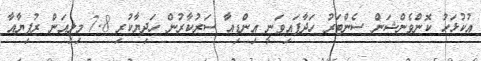
އުކުޅަހު ކޮންވެންޝަން ސެންޓަރު ހަދާފައިވަނީ އިންޑިއާ ސަރުކާރުން ހަދިޔާކުރި 7.8 މިލިއަން ރުފިޔާއާ